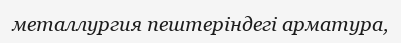
металлургия пештеріндегі арматура,